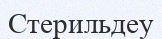
Стерильдеу